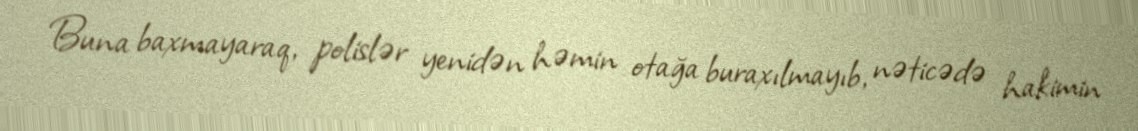
Buna baxmayaraq, polislər yenidən həmin otağa buraxılmayıb, nəticədə hakimin